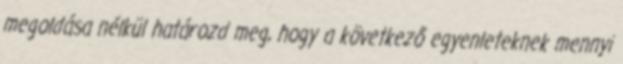
megoldása nélkül határozd meg, hogy a következő egyenleteknek mennyi